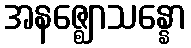
အနဇ္ဈောသန္နော